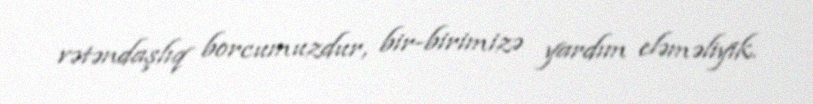
vətəndaşlıq borcumuzdur, bir-birimizə yardım eləməliyik.